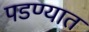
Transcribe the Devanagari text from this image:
पडण्यात